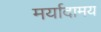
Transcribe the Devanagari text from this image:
मर्यादामय